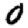
Digit: 0